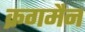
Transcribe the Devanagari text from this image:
क्रगमैन